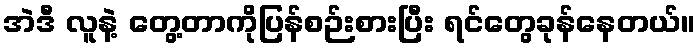
အဲဒီ လူနဲ့ တွေ့တာကိုပြန်စဉ်းစားပြီး ရင်တွေခုန်နေတယ်။